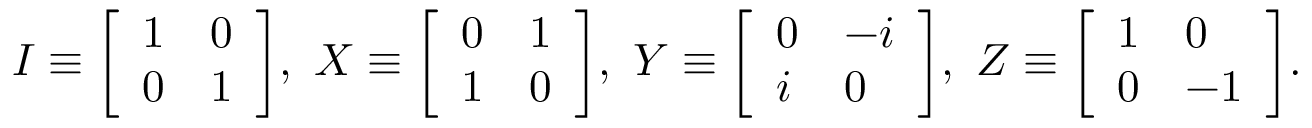
I \equiv { \left[ \begin{array} { l l } { 1 } & { 0 } \\ { 0 } & { 1 } \end{array} \right] } , \ X \equiv { \left[ \begin{array} { l l } { 0 } & { 1 } \\ { 1 } & { 0 } \end{array} \right] } , \ Y \equiv { \left[ \begin{array} { l l } { 0 } & { - i } \\ { i } & { 0 } \end{array} \right] } , \ Z \equiv { \left[ \begin{array} { l l } { 1 } & { 0 } \\ { 0 } & { - 1 } \end{array} \right] } .